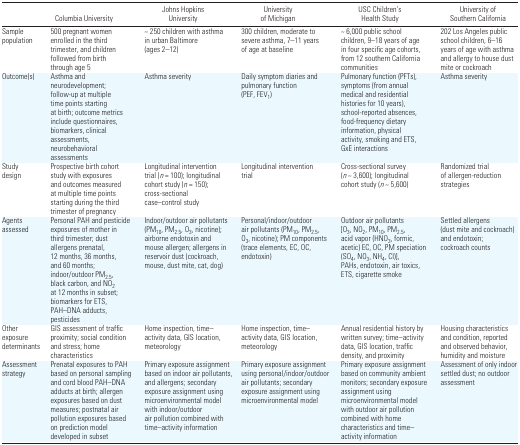
<table><thead><tr><td></td><td><b>Columbia University</b></td><td><b>Johns Hopkins University</b></td><td><b>University of Michigan</b></td><td><b>USC Children’s Health Study</b></td><td><b>University of Southern California</b></td></tr></thead><tbody><tr><td>Sample population</td><td>500 pregnant women enrolled in the third trimester, and children followed from birth through age 5</td><td>~ 250 children with asthma in urban Baltimore (ages 2–12)</td><td>300 children, moderate to severe asthma, 7–11 years of age at baseline</td><td>~ 6,000 public school children, 9–18 years of age in four specific age cohorts, from 12 southern California communities</td><td>202 Los Angeles public school children, 6–16 years of age with asthma and allergy to house dust mite or cockroach</td></tr><tr><td>Outcome(s)</td><td>Asthma and neurodevelopment; follow-up at multiple time points starting at birth; outcome metrics include questionnaires, biomarkers, clinical assessments, neurobehavioral assessments</td><td>Asthma severity</td><td>Daily symptom diaries and pulmonary function (PEF, FEV<sub>1</sub>)</td><td>Pulmonary function (PFTs), symptoms (from annual medical and residential histories for 10 years), school-reported absences, food-frequency dietary information, physical activity, smoking and ETS, GxE interactions</td><td>Asthma severity</td></tr><tr><td>Study design</td><td>Prospective birth cohort study with exposures and outcomes measured at multiple time points starting during the third trimester of pregnancy</td><td>Longitudinal intervention trial (<i>n</i> = 100); longitudinal cohort study (<i>n</i> = 150); cross-sectional case–control study</td><td>Longitudinal intervention trial</td><td>Cross-sectional survey (<i>n</i> ~ 3,600); longitudinal cohort study (<i>n</i> ~ 5,600)</td><td>Randomized trial of allergen-reduction strategies</td></tr><tr><td>Agents assessed</td><td>Personal PAH and pesticide exposures of mother in third trimester; dust allergens prenatal, 12 months, 36 months, and 60 months; indoor/outdoor PM<sub>2.5</sub>, black carbon, and NO<sub>2</sub> at 12 months in subset; biomarkers for ETS, PAH–DNA adducts, pesticides</td><td>Indoor/outdoor air pollutants (PM<sub>10</sub>, PM<sub>2.5</sub>, O<sub>3</sub>, nicotine); airborne endotoxin and mouse allergen; allergens in reservoir dust (cockroach, mouse, dust mite, cat, dog)</td><td>Personal/indoor/outdoor air pollutants (PM<sub>10</sub>, PM<sub>2.5</sub>, O<sub>3</sub>, nicotine); PM components (trace elements, EC, OC, endotoxin)</td><td>Outdoor air pollutants [O<sub>3</sub>, NO<sub>2</sub>, PM<sub>10</sub>, PM<sub>2.5</sub>, acid vapor (HNO<sub>3</sub>, formic, acetic) EC, OC, PM speciation (SO<sub>4</sub>, NO<sub>3</sub>, NH<sub>4</sub>, CI)], PAHs, endotoxin, air toxics, ETS, cigarette smoke</td><td>Settled allergens (dust mite and cockroach) and endotoxin; cockroach counts</td></tr><tr><td>Other exposure determinants</td><td>GIS assessment of traffic proximity; social condition and stress; home characteristics</td><td>Home inspection, time– activity data, GIS location, meteorology</td><td>Home inspection, time– activity data, GIS location, meteorology</td><td>Annual residential history by written survey; time–activity data, GIS location, traffic density, and proximity</td><td>Housing characteristics and condition, reported and observed behavior, humidity and moisture</td></tr><tr><td>Assessment strategy</td><td>Prenatal exposures to PAH based on personal sampling and cord blood PAH–DNA adducts at birth; allergen exposures based on dust measures; postnatal air pollution exposures based on prediction model developed in subset</td><td>Primary exposure assignment based on indoor air pollutants, and allergens; secondary exposure assignment using microenvironmental model with indoor/outdoor air pollution combined with time–activity information</td><td>Primary exposure assignment using personal/indoor/outdoor air pollutants; secondary exposure assignment using microenvironmental model</td><td>Primary exposure assignment based on community ambient monitors; secondary exposure assignment using microenvironmental model with outdoor air pollution combined with home characteristics and time– activity information</td><td>Assessment of only indoor settled dust; no outdoor assessment</td></tr></tbody></table>